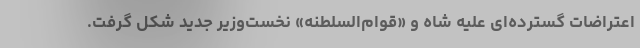
اعتراضات گسترده‌ای علیه شاه و «قوام‌السلطنه» نخست‌وزیر جدید شکل گرفت.